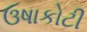
ઉષાકોટી